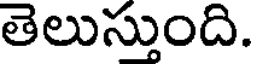
తెలుస్తుంది.